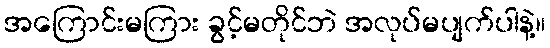
အကြောင်းမကြား ခွင့်မတိုင်ဘဲ အလုပ်မပျက်ပါနဲ့။